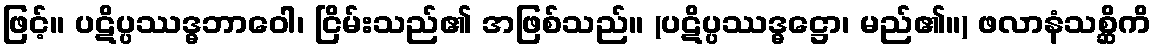
ဖြင့်။ ပဋိပ္ပဿဒ္ဓဘာဝေါ၊ ငြိမ်းသည်၏ အဖြစ်သည်။ (ပဋိပ္ပဿဒ္ဓဋ္ဌော၊ မည်၏။) ဖလာနံသစ္ဆိကိ